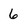
Character: 6